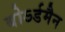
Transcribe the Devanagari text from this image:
बोऽर्डमैन